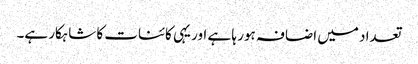
تعداد میں اضافہ ہور ہا ہے اور یہی کائنات کا شاہکار ہے۔